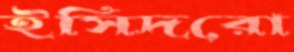
ইসিদরো